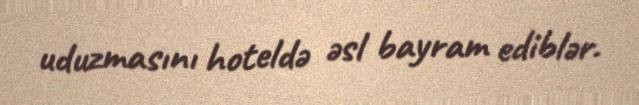
uduzmasını hoteldə əsl bayram ediblər.